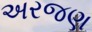
અરજણ